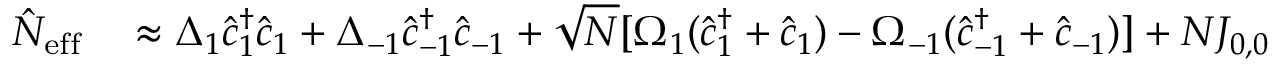
\begin{array} { r l } { \hat { N } _ { \mathrm { e f f } } } & { { } \approx \Delta _ { 1 } \hat { c } _ { 1 } ^ { \dagger } \hat { c } _ { 1 } + \Delta _ { - 1 } \hat { c } _ { - 1 } ^ { \dagger } \hat { c } _ { - 1 } + \sqrt { N } [ \Omega _ { 1 } ( \hat { c } _ { 1 } ^ { \dagger } + \hat { c } _ { 1 } ) - \Omega _ { - 1 } ( \hat { c } _ { - 1 } ^ { \dagger } + \hat { c } _ { - 1 } ) ] + N J _ { 0 , 0 } } \end{array}